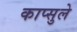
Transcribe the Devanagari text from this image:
काप्सुले